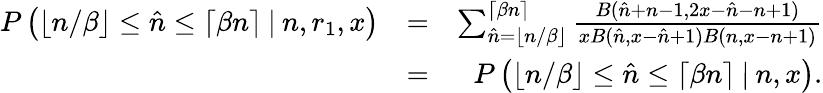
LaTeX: \begin{array}{rlr}{P\left(\left\lfloor n/\beta\right\rfloor\leq\hat{n}\leq\left\lceil\beta n\right\rceil\: |\: n,r_{1},x\right)}&{=}&{\sum_{\hat{n}=\left\lfloor n/\beta\right\rfloor}^{\left\lceil\beta n\right\rceil}\frac{B(\hat{n}+n-1,2x-\hat{n}-n+1)}{xB(\hat{n},x-\hat{n}+1)B(n,x-n+1)}}\\ &{=}&{P\left(\left\lfloor n/\beta\right\rfloor\leq\hat{n}\leq\left\lceil\beta n\right\rceil\: |\: n,x\right).}\end{array}